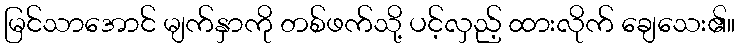
မြင်သာအောင် မျက်နှာကို တစ်ဖက်သို့ ပင့်လှည့် ထားလိုက် ချေသေး၏။